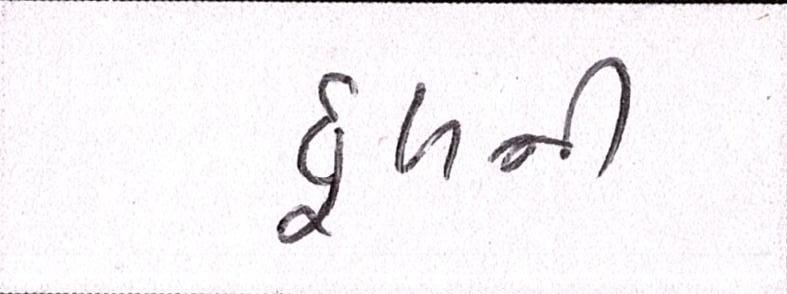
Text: ધૂળની